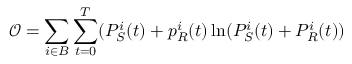
\mathcal { O } = \sum _ { i \in B } \sum _ { t = 0 } ^ { T } ( P _ { S } ^ { i } ( t ) + p _ { R } ^ { i } ( t ) \ln ( P _ { S } ^ { i } ( t ) + P _ { R } ^ { i } ( t ) )